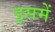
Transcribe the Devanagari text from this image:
इसमेें